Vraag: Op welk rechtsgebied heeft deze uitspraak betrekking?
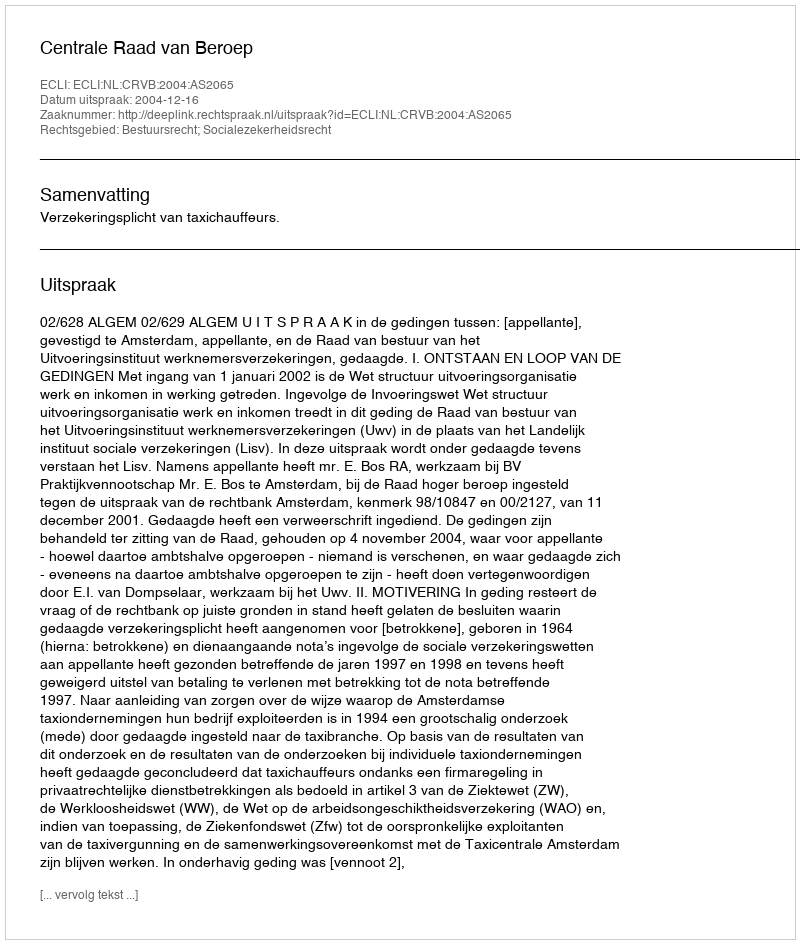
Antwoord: Bestuursrecht; Socialezekerheidsrecht